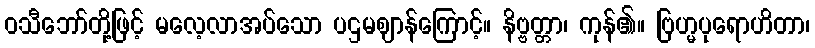
ဝသီဘော်တို့ဖြင့် မလေ့လာအပ်သော ပဌမဈာန်ကြောင့်။ နိဗ္ဗတ္တာ၊ ကုန်၏။ ဗြဟ္မပုရောဟိတာ၊